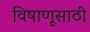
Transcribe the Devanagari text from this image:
विषाणूसाठी